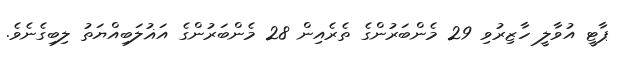
ޕާޓީ އުވާލީ ހާޒިރުވި 29 މެންބަރުންގެ ތެރެއިން 28 މެންބަރުންގެ އަޣުލަބިއްޔަތު ލިބިގެނެވެ.